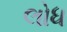
લોધ